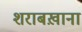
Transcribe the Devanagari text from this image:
शराबख़ाना